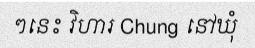
ៗនេះ វិហារ Chung នៅឃុំ